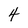
Character: 4